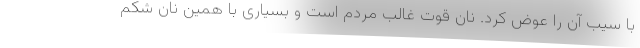
با سیب آن را عوض کرد. نان قوت غالب مردم است و بسیاری با همین نان شکم